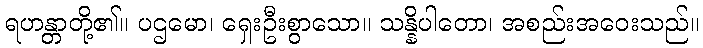
ရဟန္တာတို့၏။ ပဌမော၊ ရှေးဦးစွာသော။ သန္နိပါတော၊ အစည်းအဝေးသည်။